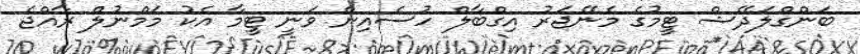
ބަންގްލަދޭޝް ޓީމުގެ މެނޭޖަރު އިގްބާލް ހުސެއިން ވަނީ ޓީމާ އެކު މަމްނުލް ރާއްޖެ